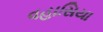
વહાસિયા